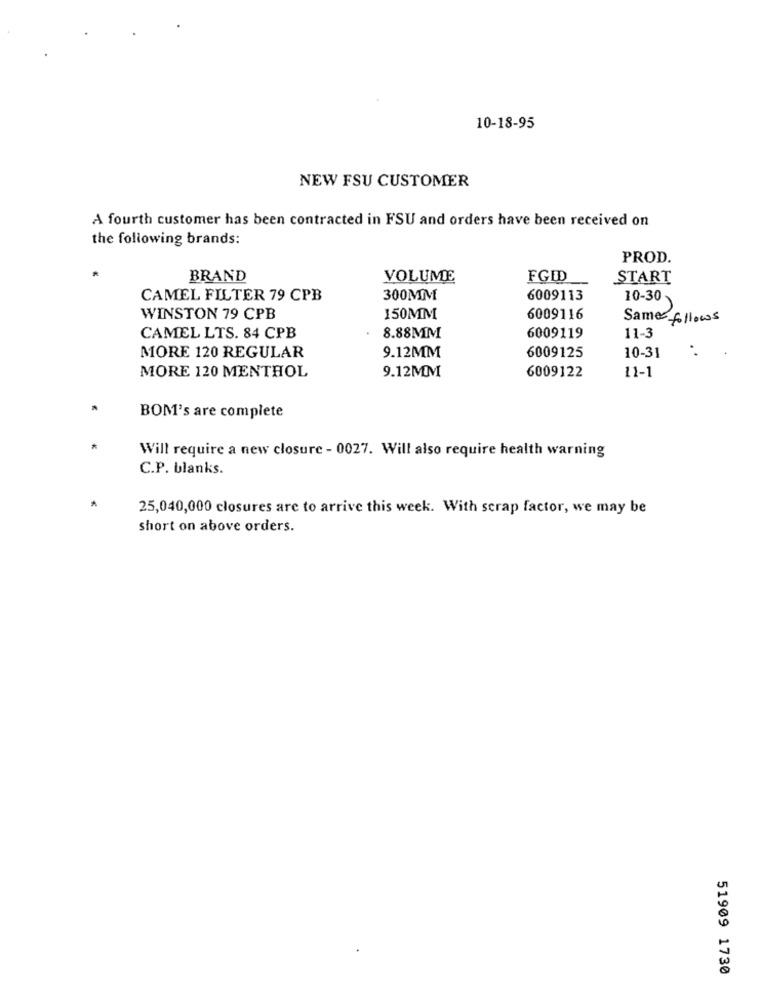
10-18-95
NEW FSU CUSTOMER
A fourth customer has been contracted in FSU and orders have been received on
the following brands:
PROD.
BRAND
VOLUME
FGID
START
CAMEL FILTER 79 CPB
300MM
6009113
10-30
WINSTON 79 CPB
150MM
6009116
Same follows
CAMEL LTS. 84 CPB
8.88MM
6009119
11-3
MORE 120 REGULAR
9.12MM
6009125
10-31
9.12MM
6009122
11-1
MORE 120 MENTHOL
BOM's are complete
Will require a new closure - 0027. Will also require health warning
C.P. blanks.
25,040,000 closures are to arrive this week. With scrap factor, we may be
short on above orders.
51909 1730